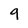
Character: 9